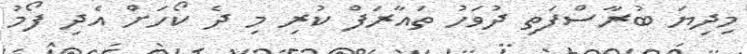
މިދިޔަ ބުރާސްފަތި ދުވަހު ތައާރަފް ކުރި މި ދެ ކޯހަށް އެދި ފޯމު